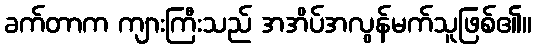
ခက်တာက ကျားကြီးသည် အအိပ်အလွန်မက်သူဖြစ်၏။